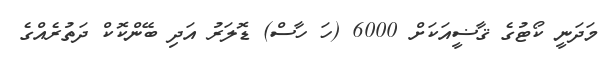
މަދަނީ ކޯޓުގެ ޤާޟީއަކަށް 6000 (ހަ ހާސް) ޑޮލަރު އަދި ބޭންކޮކް ދަތުރެއްގެ